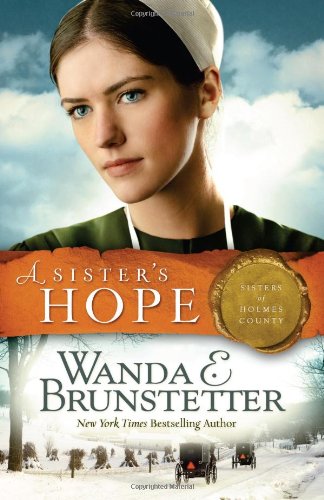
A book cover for A SISTER'S HOPE (SISTERS OF HOLMES COUNTY); Wanda E. Brunstetter; Romance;